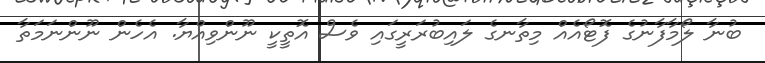
ބުނާ ލޯމާފާނުގެ ފޮޓޯއެއް މިތާނގެ ލައިބުރަރީގައި ވެސް އޮތީކީ ނޫންވިއްޔާ. އެހެން ނޫންނަމަތާ